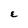
Character: E